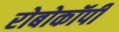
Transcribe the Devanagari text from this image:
रोबोकॉपी